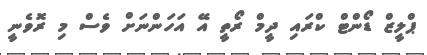
ޕްލީޒް ޑޯންޓް ކްރައި ދީމް ރޯތީ އޭ އަހަންނަށް ވެސް މި ރޮވެނީ